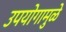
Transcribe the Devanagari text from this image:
उपयोगामुळे